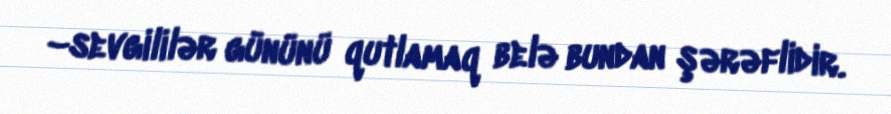
–sevgililər gününü qutlamaq belə bundan şərəflidir.